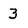
Character: 3